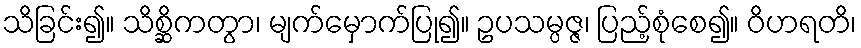
သိခြင်း၍။ သိစ္ဆိကတွာ၊ မျက်မှောက်ပြု၍။ ဥပသမ္ပဇ္ဇ၊ ပြည့်စုံစေ၍။ ဝိဟရတိ၊